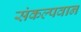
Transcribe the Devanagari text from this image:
संकल्पवान